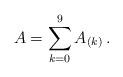
LaTeX: \begin{align*}A = \sum_{k=0}^9 A_{(k)}\, .\end{align*}